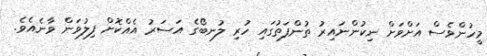
މީހުންވެސް އަށްވަށް ނިކުންނައިރު ތުންފަތުގައި ހުރި ލުނބޯގެ އަސަރު އެއްކޮށް ފިލުވަން ވާނެއެވެ.